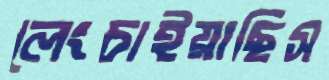
লেংচাইয়াছিস